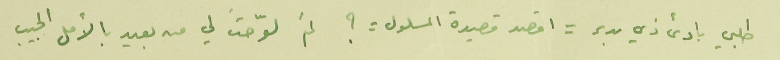
طلبي بادئ ذي بدء = اقصد قصيدة المسلول = ؟ لمَ لوّحت لي من بعيد بالأمل الحبيب